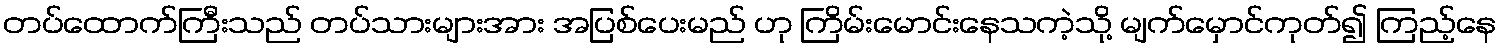
တပ်ထောက်ကြီးသည် တပ်သားများအား အပြစ်ပေးမည် ဟု ကြိမ်းမောင်းနေသကဲ့သို့ မျက်မှောင်ကုတ်၍ ကြည့်နေ